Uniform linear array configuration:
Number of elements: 24
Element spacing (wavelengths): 0.25
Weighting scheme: blackman
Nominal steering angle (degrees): -45
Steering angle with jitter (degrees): -46.697
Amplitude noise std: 0.05
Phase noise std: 0.05

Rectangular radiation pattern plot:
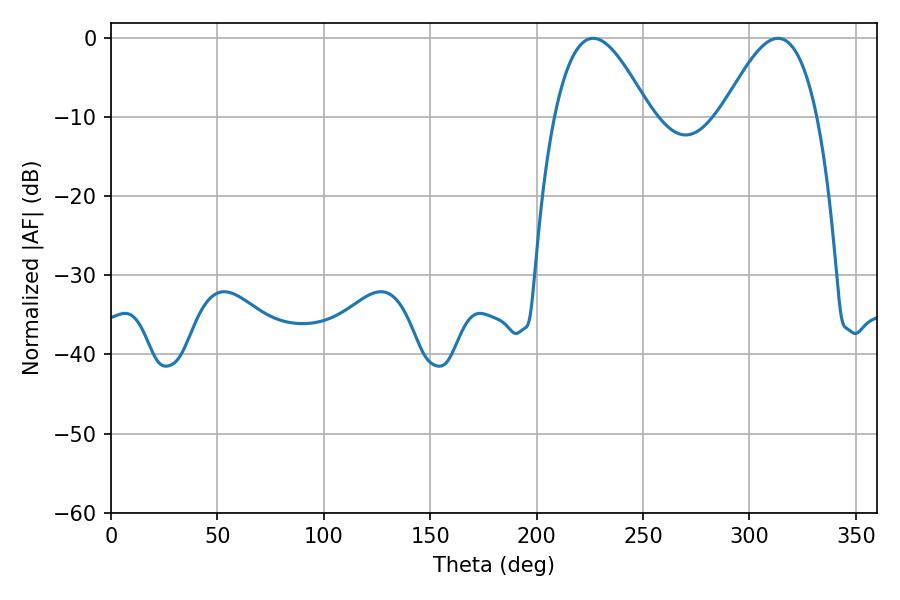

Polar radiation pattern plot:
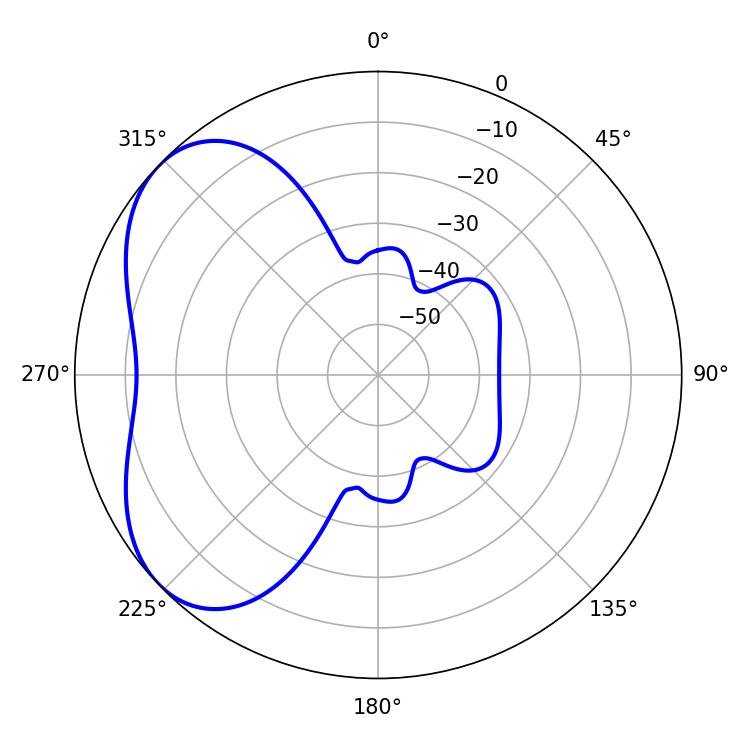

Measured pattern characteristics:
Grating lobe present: FALSE
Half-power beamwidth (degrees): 24.3
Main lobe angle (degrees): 226.62